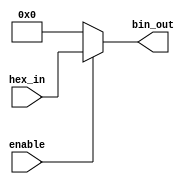
module hex_to_bin_encoder (
    input  wire [3:0] hex_in,    // 4-bit hexadecimal input
    input  wire enable,           // Enable signal
    output reg  [3:0] bin_out     // 4-bit binary output
);

    always @(*) begin
        if (enable) begin
            bin_out = hex_in;      // Direct mapping from hex_in to bin_out
        end else begin
            bin_out = 4'b0000;     // Output all zeros if not enabled
        end
    end

endmodule